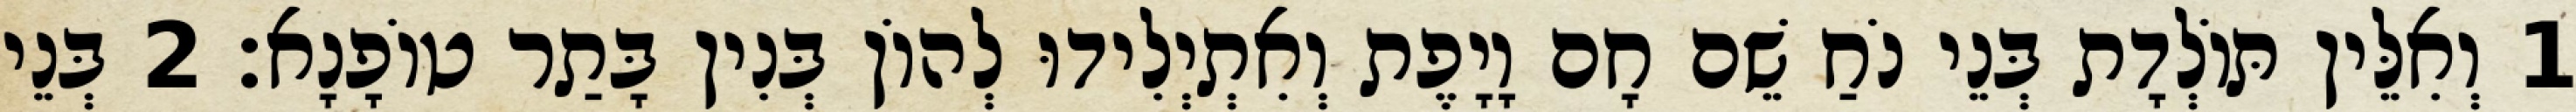
1 וְאִלֵּין תּוֹלְדָת בְּנֵי נֹחַ שֵׁם חָם וָיָפֶת וְאִתְיְלִידוּ לְהוֹן בְּנִין בָּתַר טוֹפָנָא׃ 2 בְּנֵי